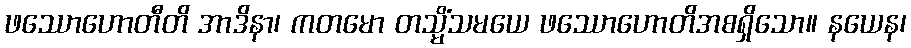
ဖဿောဟောတီတိ အာဒိနာ၊ ကတမော တသ္မိံသမယေ ဖဿောဟောတိအစရှိသော။ နယေန၊